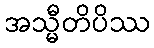
အသ္မီတိပိဿ